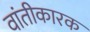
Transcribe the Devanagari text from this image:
वांतीकारक